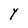
Character: Y